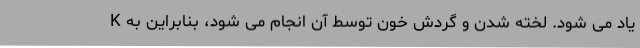
K یاد می شود. لخته شدن و گردش خون توسط آن انجام می شود، بنابراین به